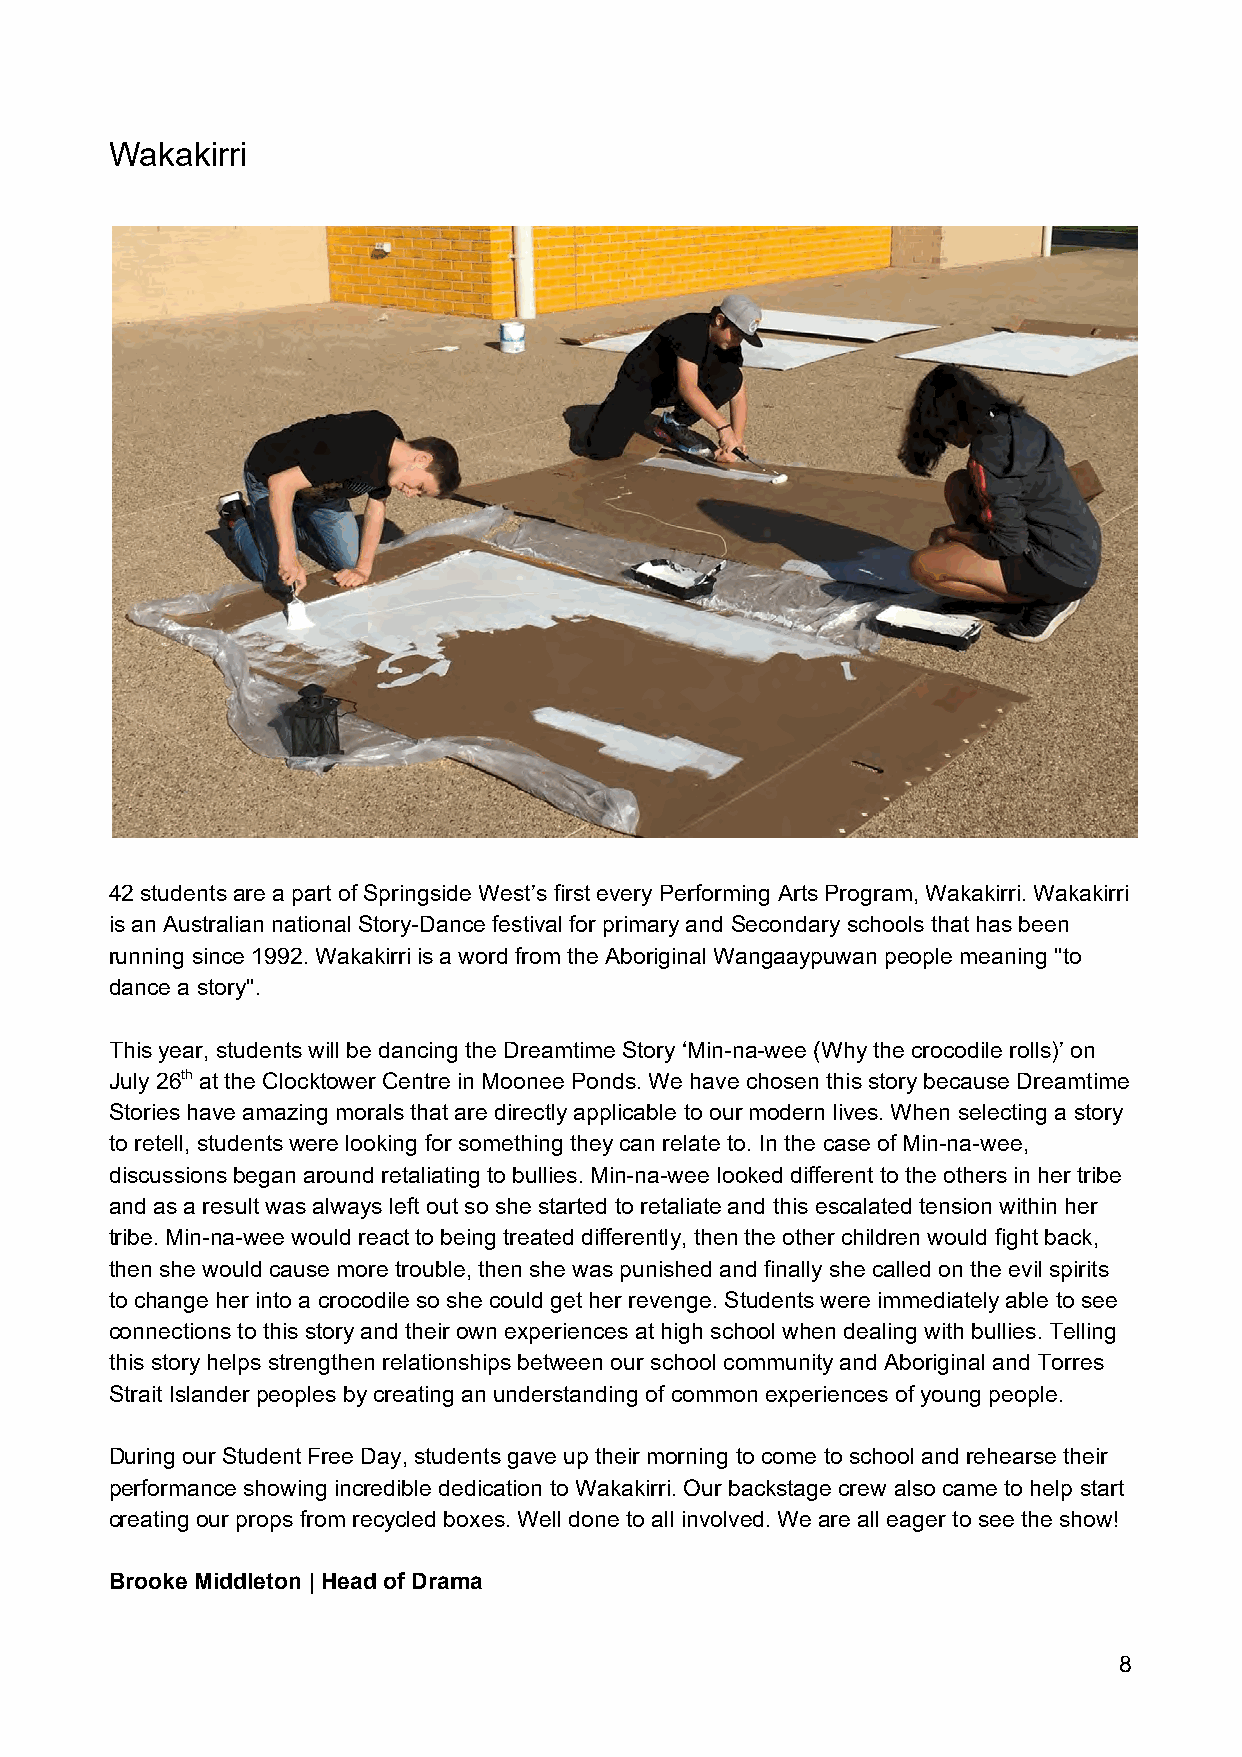
Wakakirri
 42 students are a part of Springside West’s first every Performing Arts Program, Wakakirri. Wakakirri
 is an Australian national Story-Dance festival for primary and Secondary schools that has been
 running since 1992. Wakakirri is a word from the Aboriginal Wangaaypuwan people meaning "to
 dance a story".
 This year, students will be dancing the Dreamtime Story ‘Min-na-wee (Why the crocodile rolls)’ on
 July 26t​h ​ at the Clocktower Centre in Moonee Ponds. We have chosen this story because Dreamtime
 Stories have amazing morals that are directly applicable to our modern lives. When selecting a story
 to retell, students were looking for something they can relate to. In the case of Min-na-wee,
 discussions began around retaliating to bullies. Min-na-wee looked different to the others in her tribe
 and as a result was always left out so she started to retaliate and this escalated tension within her
 tribe. Min-na-wee would react to being treated differently, then the other children would fight back,
 then she would cause more trouble, then she was punished and finally she called on the evil spirits
 to change her into a crocodile so she could get her revenge. Students were immediately able to see
 connections to this story and their own experiences at high school when dealing with bullies. Telling
 this story helps strengthen relationships between our school community and Aboriginal and Torres
 Strait Islander peoples by creating an understanding of common experiences of young people.
 During our Student Free Day, students gave up their morning to come to school and rehearse their
 performance showing incredible dedication to Wakakirri. Our backstage crew also came to help start
 creating our props from recycled boxes. Well done to all involved. We are all eager to see the show!
 Brooke Middleton | Head of Drama
 8